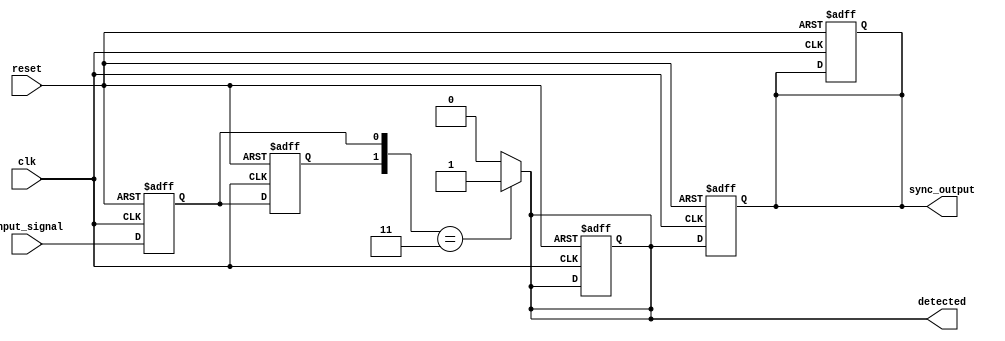
module dual_ff_detector (
    input wire input_signal,  // Primary input signal to be monitored
    input wire clk,           // Clock signal for synchronization
    input wire reset,         // Reset signal
    output reg detected,      // Output signal indicating if the pattern is detected
    output reg sync_output     // Synchronized output based on detection
);

// Internal signals for flip-flop outputs
reg ff1_out;  // Output of the first flip-flop
reg ff2_out;  // Output of the second flip-flop

// Pattern to be detected (for example: 2'b11)
parameter PATTERN = 2'b11;

// Flip-flop behavior
always @(posedge clk or posedge reset) begin
    if (reset) begin
        ff1_out <= 1'b0;  // Initialize FF1 to 0 on reset
        ff2_out <= 1'b0;  // Initialize FF2 to 0 on reset
        detected <= 1'b0;  // Initialize detected to 0 on reset
        sync_output <= 1'b0; // Initialize sync_output to 0 on reset
    end else begin
        ff1_out <= input_signal;  // Sample input_signal into FF1
        ff2_out <= ff1_out;        // Sample FF1 output into FF2
    end
end

// Detection logic
always @(*) begin
    if ({ff2_out, ff1_out} == PATTERN) begin
        detected = 1'b1;  // Set detected high if pattern matches
    end else begin
        detected = 1'b0;  // Otherwise, set detected low
    end
end

// Synchronize detected signal with the clock
always @(posedge clk or posedge reset) begin
    if (reset) begin
        sync_output <= 1'b0; // Reset sync_output on reset
    end else begin
        sync_output <= detected; // Synchronize detected signal
    end
end

endmodule